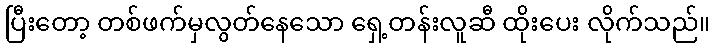
ပြီးတော့ တစ်ဖက်မှလွတ်နေသော ရှေ့တန်းလူဆီ ထိုးပေး လိုက်သည်။